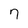
Character: 7